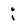
Character: i